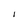
Character: l